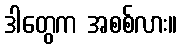
ဒါတွေက အစစ်လား။